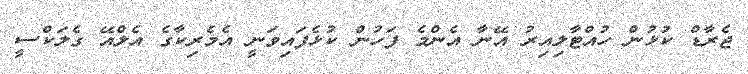
ޖެރާޑް ކުޅުން ހުއްޓާލިއިރު އޭނާ އެންމެ ފަހުން ކުޅެފައިވަނީ އެމެރިކާގެ އެލްއޭ ގެލަކްސީ